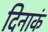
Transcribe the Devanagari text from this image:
दिनाकं